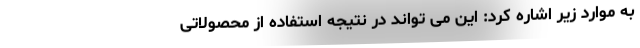
به موارد زیر اشاره کرد: این می تواند در نتیجه استفاده از محصولاتی